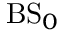
\mathrm { B S } _ { 0 }